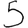
Digit: 5